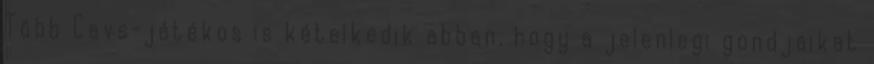
Több Cavs-játékos is kételkedik abban, hogy a jelenlegi gondjaikat